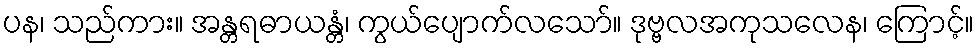
ပန၊ သည်ကား။ အန္တရဓာယန္တံ၊ ကွယ်ပျောက်လသော်။ ဒုဗ္ဗလအကုသလေန၊ ကြောင့်။